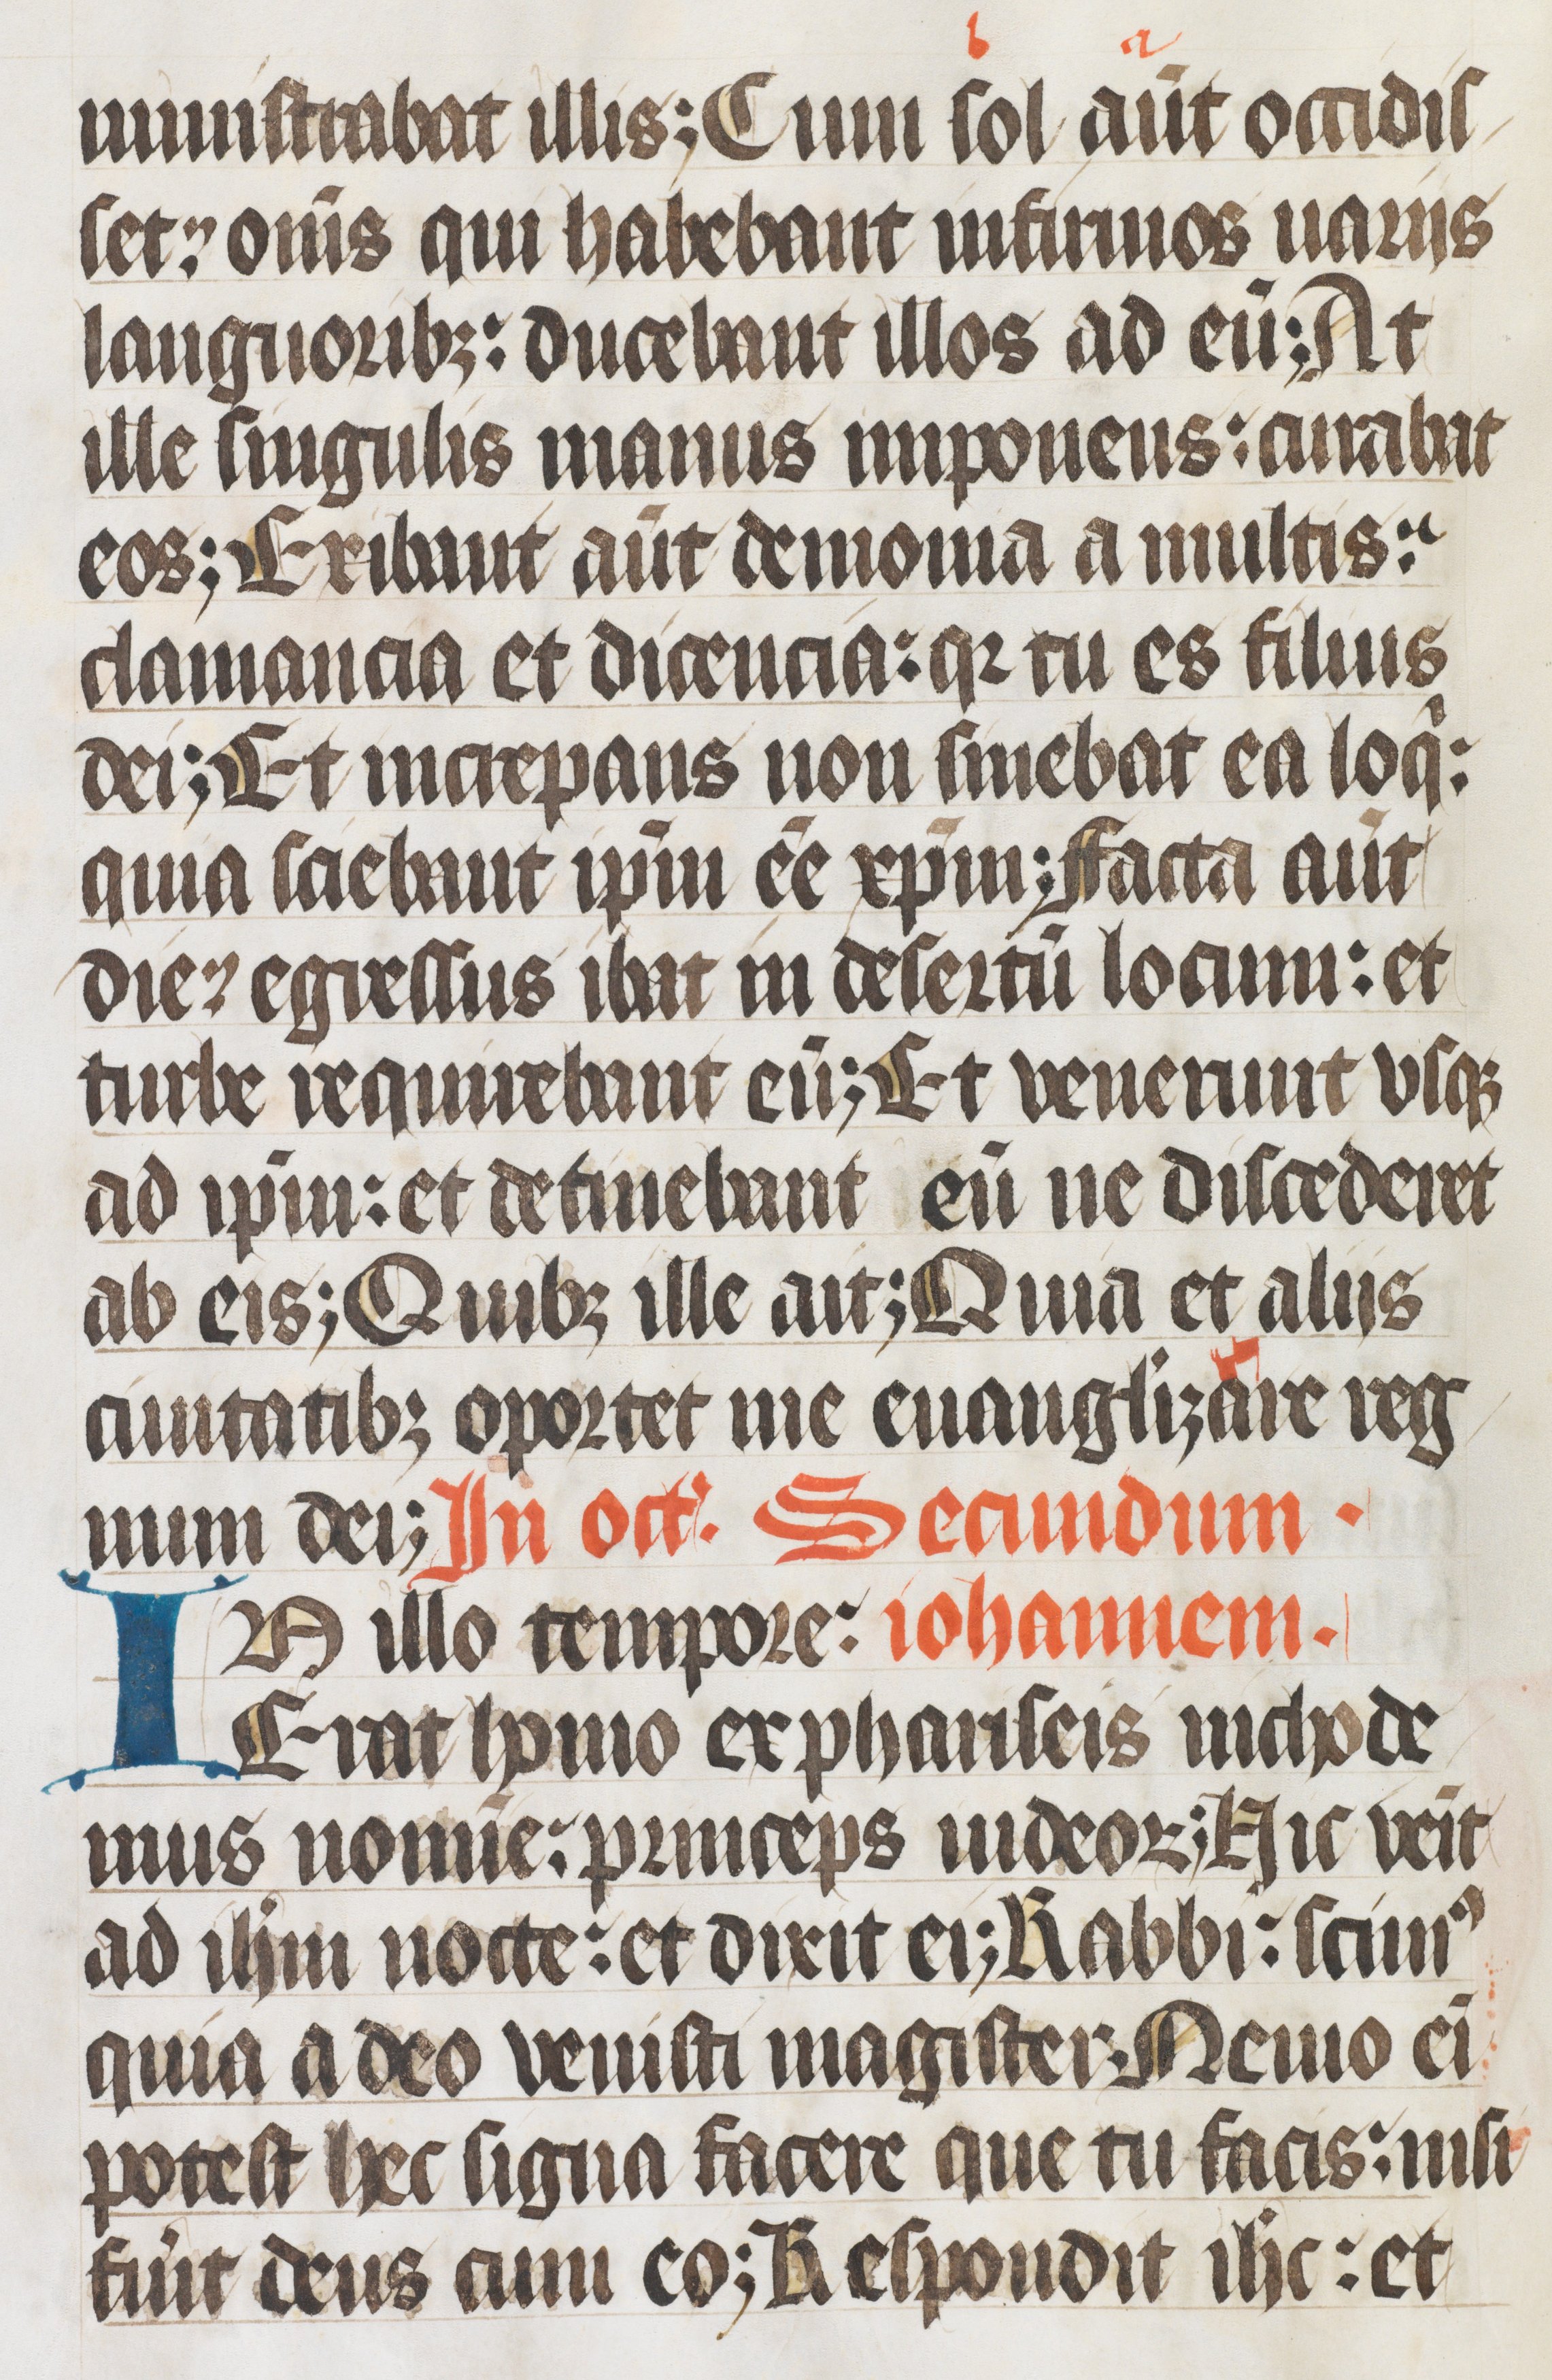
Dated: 1400–1499